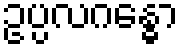
ဥပ္ပလဂန္ဓော